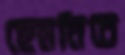
হেমনিচে